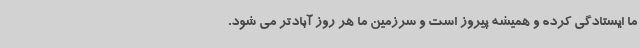
ما ایستادگی کرده و همیشه پیروز است و سرزمین ما هر روز آبادتر می شود.